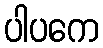
ပါပကေ